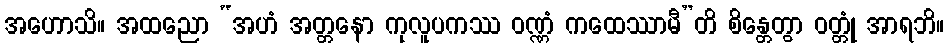
အဟောသိ။ အထညော “အဟံ အတ္တနော ကုလူပကဿ ဝဏ္ဏံ ကထေဿာမီ”တိ စိန္တေတွာ ဝတ္တုံ အာရဘိ။